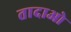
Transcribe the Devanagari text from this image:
तादाओ